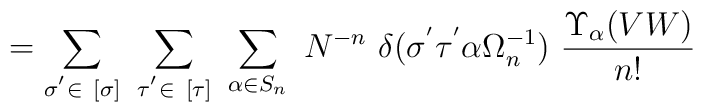
= \sum_{\sigma^{'} \in  \ [ \sigma ] } \ \sum_{\tau^{'} \in  \ [ \tau] }\ \sum_{\alpha \in S_n} \ N^{- n } \ \delta ( \sigma^{'} \tau^{'}\alpha \Omega_n^{- 1}) \ \frac{\Upsilon_\alpha ( V W )}{n !}